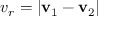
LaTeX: v _ { r } = | \mathbf { v } _ { 1 } - \mathbf { v } _ { 2 } |